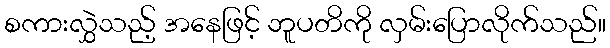
စကားလွှဲသည့် အနေဖြင့် ဘူပတိကို လှမ်းပြောလိုက်သည်။